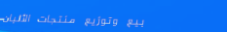
بيع وتوزيع منتجات الألبان